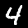
Label: 4